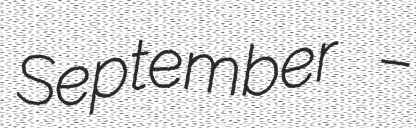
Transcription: September –